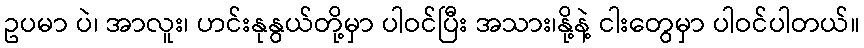
ဥပမာ ပဲ၊ အာလူး၊ ဟင်းနုနွယ်တို့မှာ ပါဝင်ပြီး အသား၊နို့နဲ့ ငါးတွေမှာ ပါဝင်ပါတယ်။